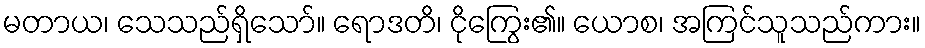
မတာယ၊ သေသည်ရှိသော်။ ရောဒတိ၊ ငိုကြွေး၏။ ယောစ၊ အကြင်သူသည်ကား။